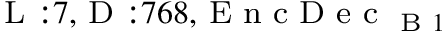
_ { \textrm { L } : 7 , \textrm { D } : 7 6 8 , \textrm { E n c D e c } _ { \textrm { B } 1 } }